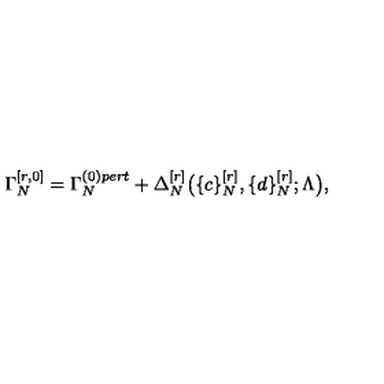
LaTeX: \Gamma _ { N } ^ { [ r , 0 ] } = \Gamma _ { N } ^ { ( 0 ) p e r t } + \Delta _ { N } ^ { [ r ] } \big ( \{ c \} _ { N } ^ { [ r ] } , \{ d \} _ { N } ^ { [ r ] } ; \Lambda \big ) ,